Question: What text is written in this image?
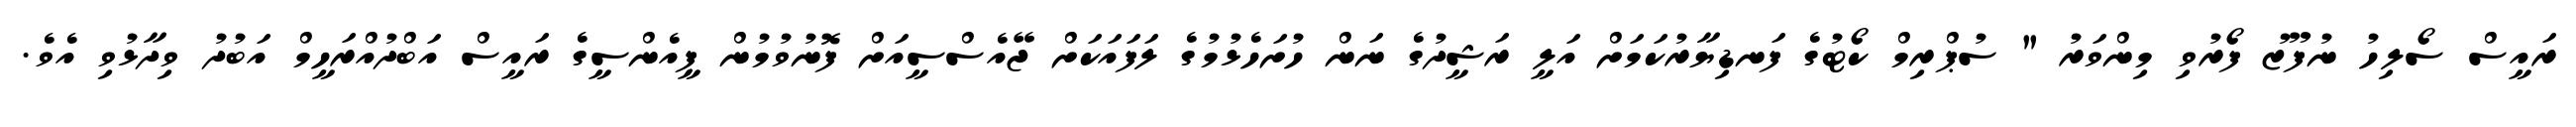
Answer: ރައީސް ސޯލިހު ނުފޫޒު ފޯރުވި މިންވަރު " ސުޕްރިމް ކޯޓުގެ ފަނޑިޔާރުކަމަށް އަލީ ރަޝީދުގެ ނަން ހުށަހެޅުމުގެ ލަފައަކަށް ޖޭއެސްސީއަށް ފޮނުވުމުން ޕީއެންސީގެ ރައީސް އަބްދުއްރަހީމް އަބުދު ވިދާޅުވި އެވެ.